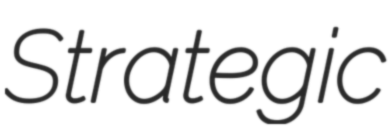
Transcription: Strategic